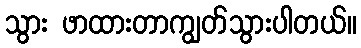
သွား ဖာထားတာကျွတ်သွားပါတယ်။